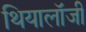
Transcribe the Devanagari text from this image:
थियालॉजी